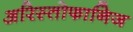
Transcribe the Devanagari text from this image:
अरिस्तोफानिज